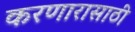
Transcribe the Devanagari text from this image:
करणारासाठी